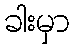
ခါးမှာ